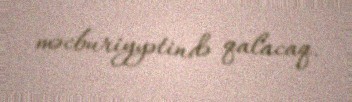
məcburiyyətində qalacaq.